Report on the treatment of epidemic cholera: from information collected by the governments of Bengal, Madras, Bombay, N.W. Provinces, Punjab, Oudh, and Central India, by order of the Government of India
Disease focus: Cholera
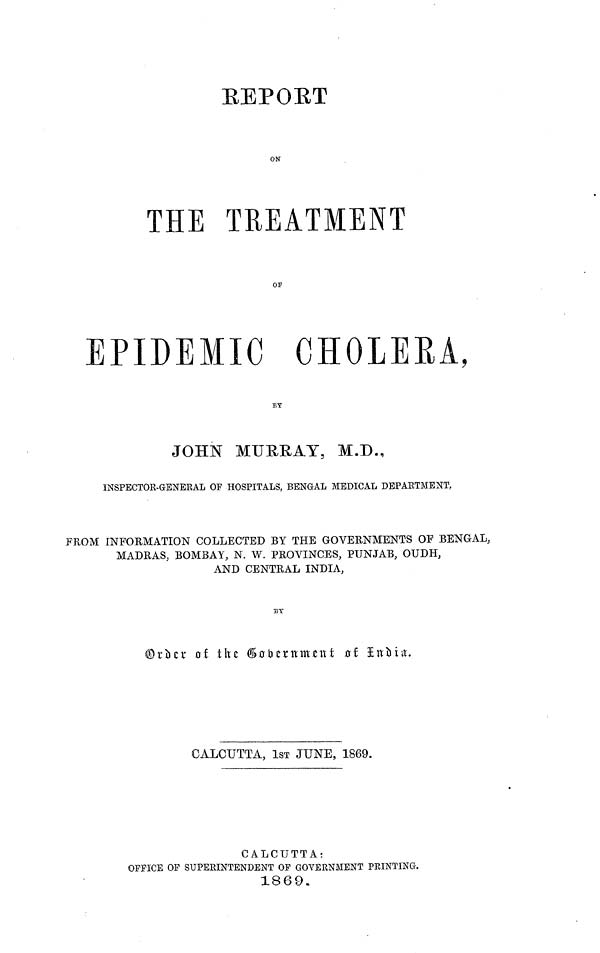
REPORT
ON
THE TREATMENT
OF
EPIDEMIC CHOLERA,
BY
JOHN MURRAY, M.D.,
INSPECTOR-GENERAL OF HOSPITALS, BENGAL MEDICAL DEPARTMENT,
FROM INFORMATION COLLECTED BY THE GOVERNMENTS OF BENGAL,
MADRAS, BOMBAY, N. W. PROVINCES, PUNJAB, OUDH,
AND CENTRAL INDIA,
BY
Order of the Government of India.
CALCUTTA, 1ST JUNE, 1869.
CALCUTTA:
OFFICE OF SUPERINTENDENT OF GOVERNMENT PRINTING,
1869.